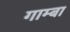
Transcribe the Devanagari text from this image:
गाम्बा